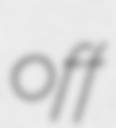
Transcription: off